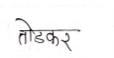
मजकूर: तोडकर